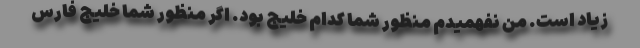
زیاد است. من نفهمیدم منظور شما کدام خلیج بود. اگر منظور شما خلیج فارس